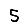
Digit: 5